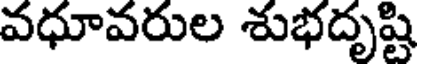
వధూవరుల శుభదృష్టి